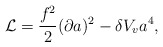
\begin{align*}{\cal L} = {f^2\over 2} (\partial a)^2 -\delta V_v a^4,\end{align*}